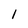
Character: 1